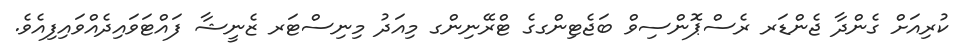
ކުރިއަށް ގެންދާ ޖެންޑަރ ރެސްޕޮންސިވް ބަޖެޓިންގގެ ޓްރޭނިންގ މިއަދު މިނިސްޓަރ ޒެނީޝާ ފައްޓަވައިދެއްވައިފިއެވެ.